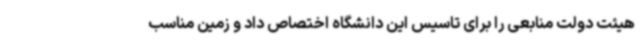
هیئت دولت منابعی را برای تاسیس این دانشگاه اختصاص داد و زمین مناسب